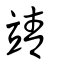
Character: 靖